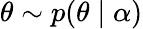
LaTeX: \theta\sim p(\theta\mid\alpha)